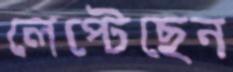
লেপ্‌টেছেন